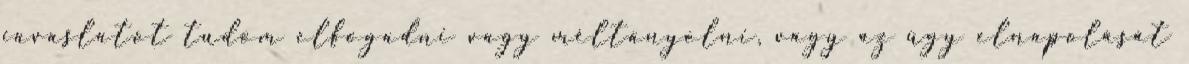
javaslatot tudom elfogadni vagy méltányolni, vagy az ügy elnapolását